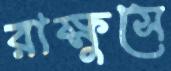
রাক্ষুসে